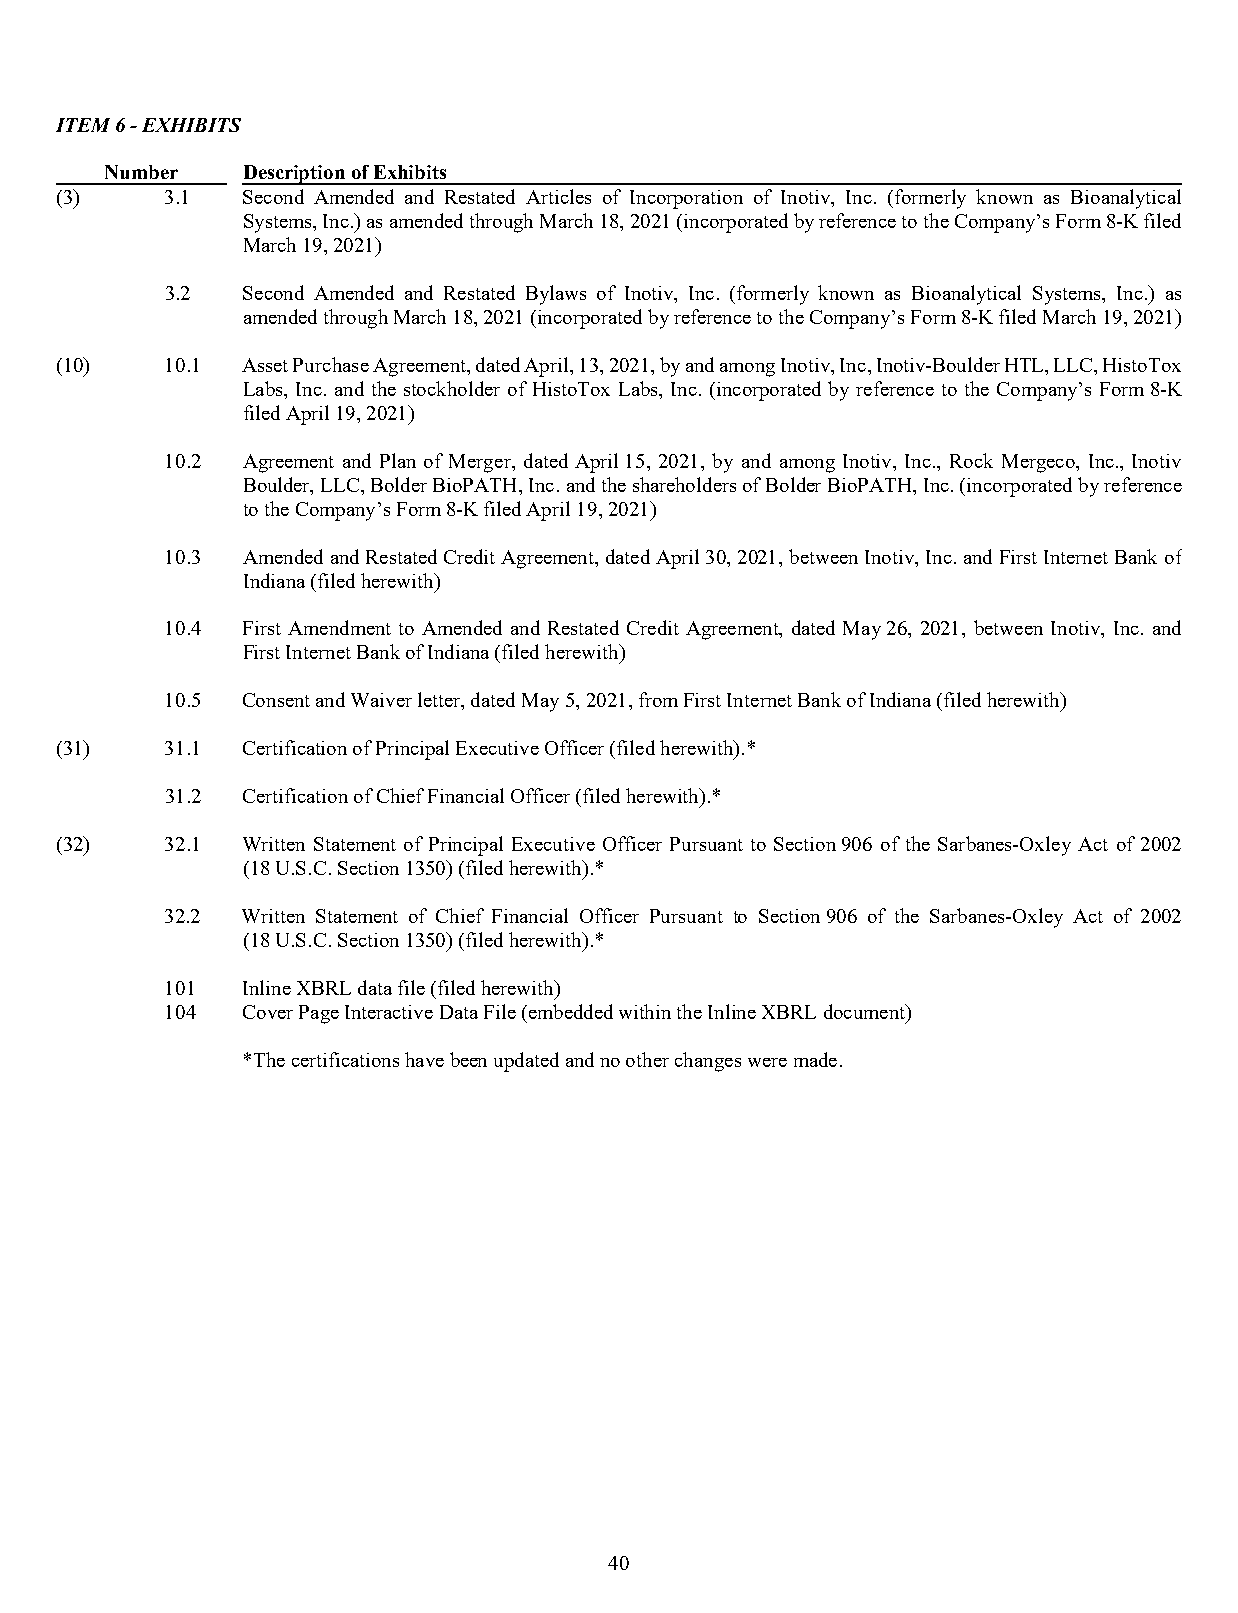
ITEM 6 - EXHIBITS
 Number   Description of Exhibits
 (3)    3.1  Second Amended and Restated Articles of Incorporation of Inotiv, Inc. (formerly known as Bioanalytical
 Systems, Inc.) as amended through March 18, 2021 (incorporated by reference to the Company’s Form 8-K filed
 March 19, 2021)
 3.2  Second Amended and Restated Bylaws of Inotiv, Inc. (formerly known as Bioanalytical Systems, Inc.) as
 amended through March 18, 2021 (incorporated by reference to the Company’s Form 8-K filed March19, 2021)
 (10)   10.1 Asset Purchase Agreement, dated April, 13, 2021, by and among Inotiv, Inc, Inotiv-Boulder HTL, LLC, HistoTox
 Labs, Inc. and the stockholder of HistoTox Labs, Inc. (incorporated by reference to the Company’s Form 8-K
 filed April 19, 2021)
 10.2 Agreement and Plan of Merger, dated April 15, 2021, by and among Inotiv, Inc., Rock Mergeco, Inc., Inotiv
 Boulder, LLC, Bolder BioPATH, Inc. and the shareholders of Bolder BioPATH, Inc. (incorporated by reference
 to the Company’s Form 8-K filed April19, 2021)
 10.3 Amended and Restated Credit Agreement, dated April 30, 2021, between Inotiv, Inc. and First Internet Bank of
 Indiana (filed herewith)
 10.4 First Amendment to Amended and Restated Credit Agreement, dated May 26, 2021, between Inotiv, Inc. and
 First Internet Bank of Indiana (filed herewith)
 10.5 Consent and Waiver letter, dated May5, 2021, from First Internet Bank of Indiana (filed herewith)
 (31)   31.1 Certification of Principal Executive Officer (filed herewith).*
 31.2 Certification of Chief Financial Officer (filed herewith).*
 (32)   32.1 Written Statement of Principal Executive Officer Pursuant to Section 906 of the Sarbanes-Oxley Act of 2002
 (18 U.S.C. Section 1350) (filed herewith).*
 32.2 Written Statement of Chief Financial Officer Pursuant to Section 906 of the Sarbanes-Oxley Act of 2002
 (18 U.S.C. Section 1350) (filed herewith).*
 101  Inline XBRL data file (filed herewith)
 104  Cover Page Interactive Data File (embedded within the Inline XBRL document)
 *The certifications have been updated and no other changes were made.
 40